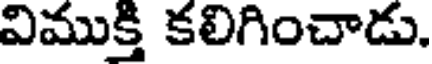
విముక్తి కలిగించాడు.